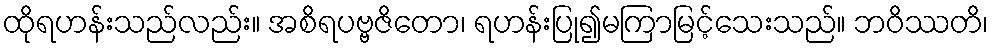
ထိုရဟန်းသည်လည်း။ အစိရပဗ္ဗဇိတော၊ ရဟန်းပြု၍မကြာမြင့်သေးသည်။ ဘဝိဿတိ၊